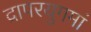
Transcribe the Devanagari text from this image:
द्रापरयुगमां